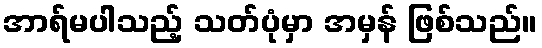
အာရ်မပါသည့် သတ်ပုံမှာ အမှန် ဖြစ်သည်။